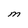
Character: M